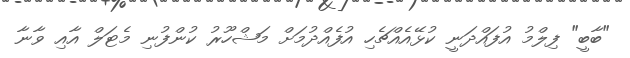
"ބާބީ" ފިލްމު އުފައްދަނީ ކުޅޭއެއްޗެހި އުފެއްދުމަށް މަޝްހޫރު ކުންފުނި މެޓަލް އާއި ވާނާ